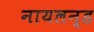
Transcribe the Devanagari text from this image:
नायलन्ड